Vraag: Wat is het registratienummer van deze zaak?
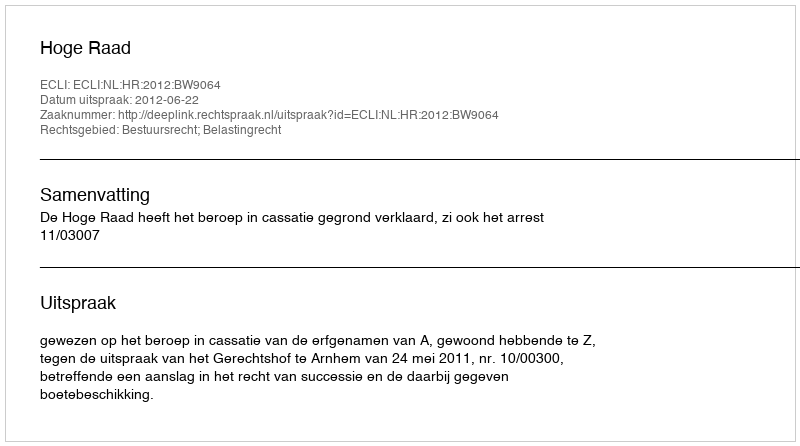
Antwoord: http://deeplink.rechtspraak.nl/uitspraak?id=ECLI:NL:HR:2012:BW9064